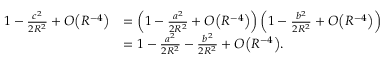
{ \begin{array} { r l } { 1 - { \frac { c ^ { 2 } } { 2 R ^ { 2 } } } + O { \left( R ^ { - 4 } \right) } } & { = \left( 1 - { \frac { a ^ { 2 } } { 2 R ^ { 2 } } } + O { \left( R ^ { - 4 } \right) } \right) \left( 1 - { \frac { b ^ { 2 } } { 2 R ^ { 2 } } } + O { \left( R ^ { - 4 } \right) } \right) } \\ & { = 1 - { \frac { a ^ { 2 } } { 2 R ^ { 2 } } } - { \frac { b ^ { 2 } } { 2 R ^ { 2 } } } + O { \left( R ^ { - 4 } \right) } . } \end{array} }